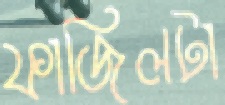
ফাজিলটা